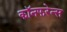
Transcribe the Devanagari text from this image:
कॉनफरेन्स